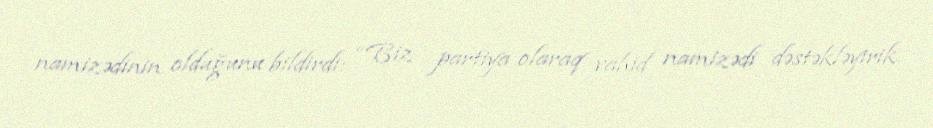
namizədinin olduğunu bildirdi: “Biz partiya olaraq vahid namizədi dəstəkləyirik.